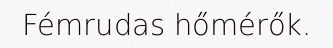
Fémrudas hőmérők.